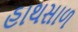
હાથસાળ